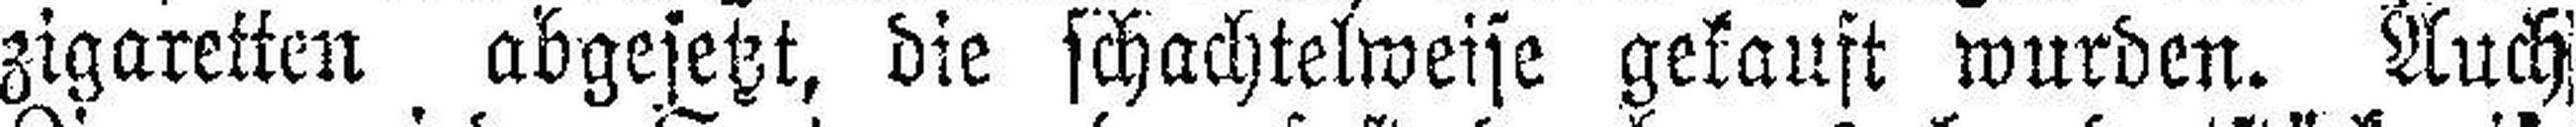
zigaretten abgesetzt, die schachtelweise gekauft wurden. Auch